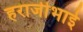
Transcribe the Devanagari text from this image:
हराजीभाई